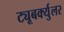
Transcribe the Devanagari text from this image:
ट्यूबर्क्युलर